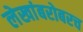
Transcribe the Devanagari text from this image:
लेखांबरोबरच